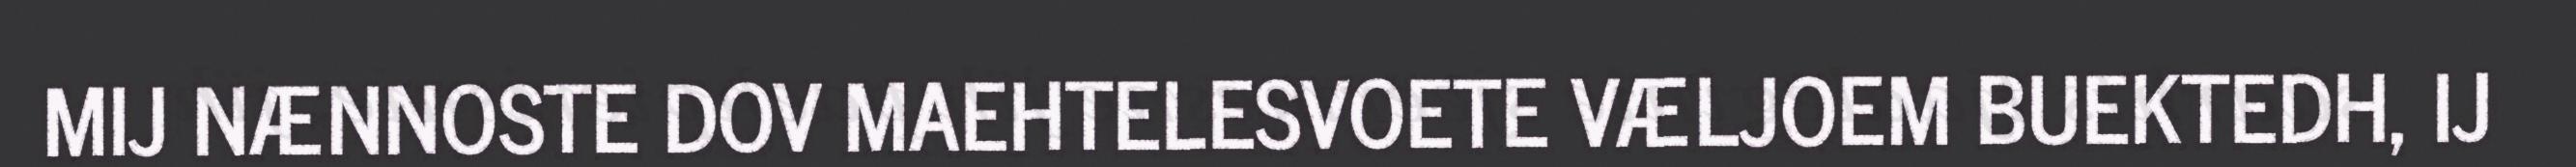
MIJ NÆNNOSTE DOV MAEHTELESVOETE VÆLJOEM BUEKTEDH, IJ